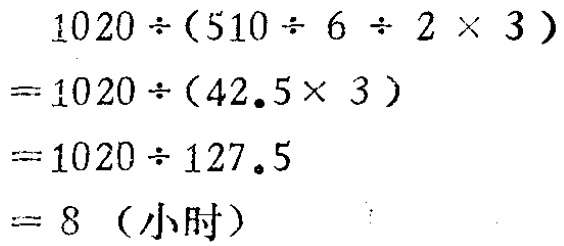
\[
\begin{align*}
&1020\div(510\div6\div2\times3)\\
=&1020\div(42.5\times3)\\
=&1020\div127.5\\
=&8 \text{（小时）}
\end{align*}
\]